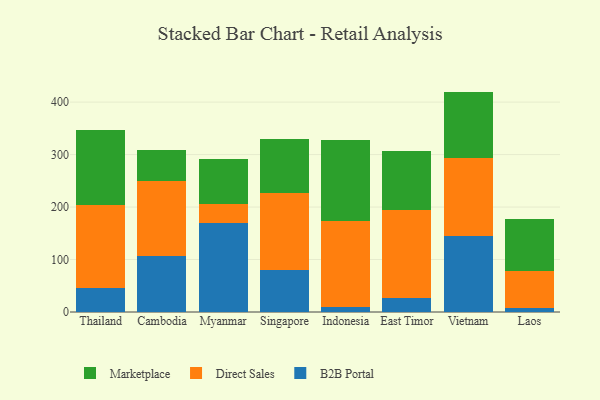
{"axis": {"x": "Country", "y": "Customer Acquisition Cost (USD)"}, "legend": ["B2B Portal", "Direct Sales", "Marketplace"], "data": [{"x": "Thailand", "y": 46.3, "type": "B2B Portal"}, {"x": "Thailand", "y": 157.2, "type": "Direct Sales"}, {"x": "Thailand", "y": 143.8, "type": "Marketplace"}, {"x": "Cambodia", "y": 107.3, "type": "B2B Portal"}, {"x": "Cambodia", "y": 141.4, "type": "Direct Sales"}, {"x": "Cambodia", "y": 60.5, "type": "Marketplace"}, {"x": "Myanmar", "y": 169.5, "type": "B2B Portal"}, {"x": "Myanmar", "y": 36.7, "type": "Direct Sales"}, {"x": "Myanmar", "y": 86.2, "type": "Marketplace"}, {"x": "Singapore", "y": 79.4, "type": "B2B Portal"}, {"x": "Singapore", "y": 147.2, "type": "Direct Sales"}, {"x": "Singapore", "y": 102.2, "type": "Marketplace"}, {"x": "Indonesia", "y": 9.8, "type": "B2B Portal"}, {"x": "Indonesia", "y": 164.4, "type": "Direct Sales"}, {"x": "Indonesia", "y": 152.8, "type": "Marketplace"}, {"x": "East Timor", "y": 25.9, "type": "B2B Portal"}, {"x": "East Timor", "y": 168.7, "type": "Direct Sales"}, {"x": "East Timor", "y": 112.8, "type": "Marketplace"}, {"x": "Vietnam", "y": 145.6, "type": "B2B Portal"}, {"x": "Vietnam", "y": 148.0, "type": "Direct Sales"}, {"x": "Vietnam", "y": 126.4, "type": "Marketplace"}, {"x": "Laos", "y": 6.7, "type": "B2B Portal"}, {"x": "Laos", "y": 71.7, "type": "Direct Sales"}, {"x": "Laos", "y": 99.2, "type": "Marketplace"}]}